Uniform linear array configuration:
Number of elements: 8
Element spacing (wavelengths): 0.5
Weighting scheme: kaiser
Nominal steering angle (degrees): -15
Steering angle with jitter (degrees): -13.444
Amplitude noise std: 0.05
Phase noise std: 0.05

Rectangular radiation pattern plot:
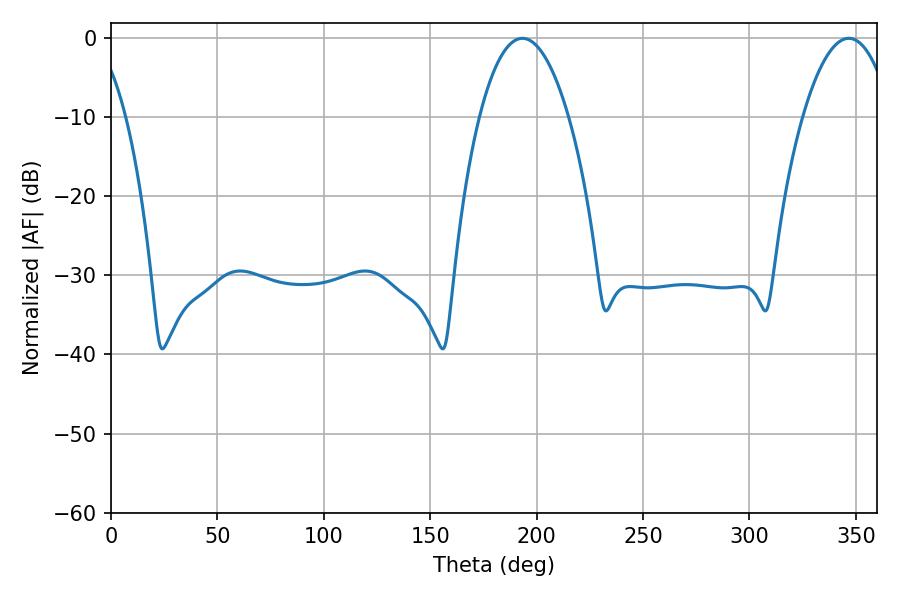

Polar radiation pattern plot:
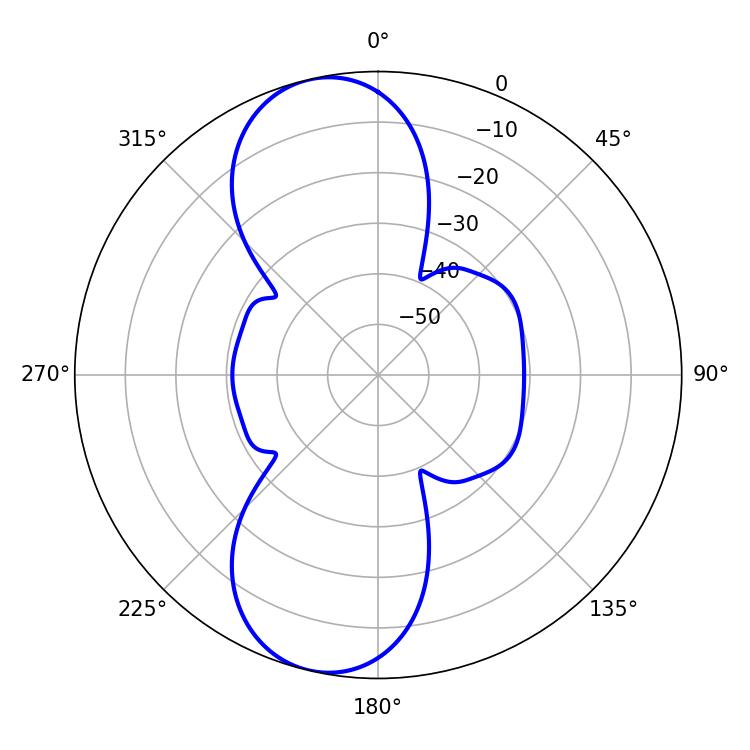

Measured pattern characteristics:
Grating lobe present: FALSE
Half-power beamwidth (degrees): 23.22
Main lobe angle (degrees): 193.32